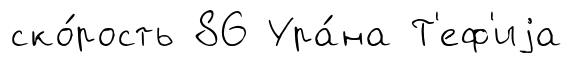
ско́рость 86 Ура́на Т'еф'иjа